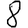
Digit: 8